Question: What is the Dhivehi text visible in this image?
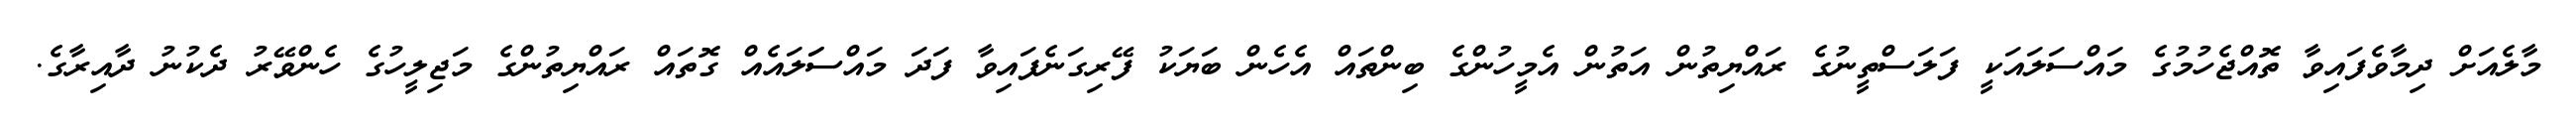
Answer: މާލެއަށް ދިމާވެފައިވާ ތޮއްޖެހުމުގެ މައްސަލައަކީ ފަލަސްތީނުގެ ރައްޔިތުން އަތުން އެމީހުންގެ ބިންތައް އެހެން ބަޔަކު ފޭރިގަނެފައިވާ ފަދަ މައްސަަލައެއް ގޮތައް ރައްޔިތުންގެ މަޖިލީހުގެ ހެންވޭރު ދެކުނު ދާއިރާގެ.